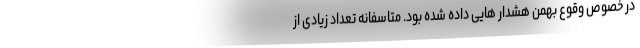
در خصوص وقوع بهمن هشدار هایی داده شده بود. متاسفانه تعداد زیادی از